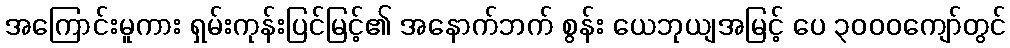
အကြောင်းမူကား ရှမ်းကုန်းပြင်မြင့်၏ အနောက်ဘက် စွန်း ယေဘုယျအမြင့် ပေ ၃၀၀၀ကျော်တွင်